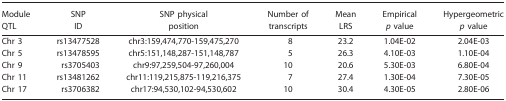
| Module QTL | SNP ID | SNP physical position | Number of transcripts | Mean LRS | Empirical p value | Hypergeometric p value |
 | --- | --- | --- | --- | --- | --- | --- |
 | Chr 3 | rs13477528 | chr3:159,474,770-159,475,270 | 8 | 23.2 | 1.04E-02 | 2.04E-03 |
 | Chr 5 | rs13478595 | chr5:151,148,287-151,148,787 | 5 | 26.3 | 4.10E-03 | 1.10E-04 |
 | Chr 9 | rs3705403 | chr9:97,259,504-97,260,004 | 10 | 20.6 | 5.30E-03 | 6.80E-04 |
 | Chr 11 | rs13481262 | chr11:119,215,875-119,216,375 | 7 | 27.4 | 1.30E-04 | 7.30E-05 |
 | Chr 17 | rs3706382 | chr17:94,530,102-94,530,602 | 10 | 30.4 | 4.30E-05 | 2.80E-06 |